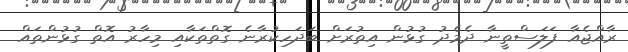
ރާއްޖެއާ ފަލަސްތީނާ ދެމެދު ގުޅުން އިތުރަށް ބަދަހިކުރާނެ ގޮތްތަކާއި މިހާރު އޮތް ގުޅުންތައް